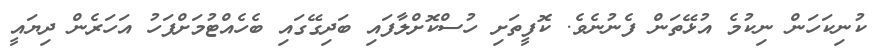
ކުނިކަހަން ނިކުމެ އުޅޭތަން ފެނުނެވެ. ކޮފީތަށި ހުސްކޮށްލާފައި ބަދިގޭގައި ބެހެއްޓުމަށްފަހު އަހަރެން ދިޔައީ